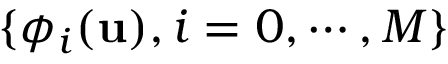
\{ \phi _ { i } ( \mathbf { u } ) , i = 0 , \cdots , M \}